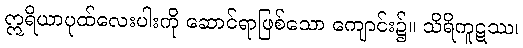
ဣရိယာပုထ်လေးပါးကို ဆောင်ရာဖြစ်သော ကျောင်း၌။ သိရိကူဋဿ၊